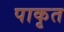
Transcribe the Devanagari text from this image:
पाकृत